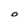
Character: O